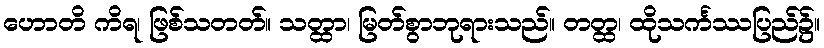
ဟောတိ ကိရ၊ ဖြစ်သတတ်။ သတ္ထာ၊ မြတ်စွာဘုရားသည်။ တတ္ထ၊ ထိုသင်္ကဿပြည်၌။